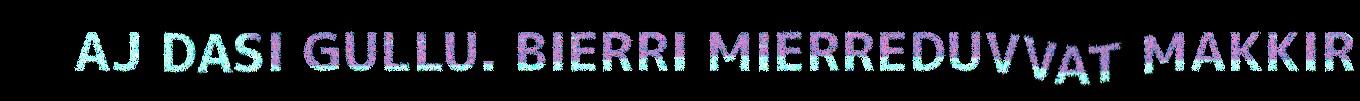
AJ DASI GULLU. BIERRI MIERREDUVVAT MAKKIR